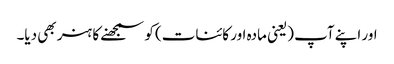
اور اپنے آپ (یعنی مادہ اور کائنات) کو سمجھنے کا ہنر بھی دیا۔